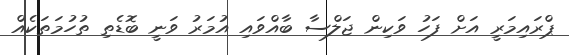
ޕްރައިމަރީ އަށް ފަހު ވަކިން ޖަލްސާ ބާއްވައި އުމަރު ވަނީ ބޮޑެތި ތުހުމަތަކެއް